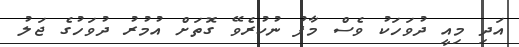
އަދި މިއީ ދުވަހަކު ވެސް މާފު ނުކުރެވޭ ގޮތަށް އުމުރު ދުވަހުގެ ޖަލު